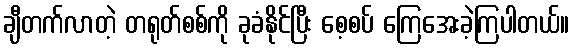
ချီတက်လာတဲ့ တရုတ်စစ်ကို ခုခံနိုင်ပြီး စေ့စပ် ကြေအေးခဲ့ကြပါတယ်။